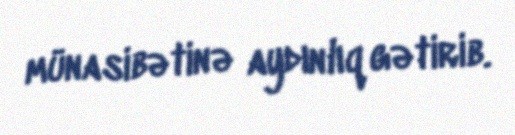
münasibətinə aydınlıq gətirib.